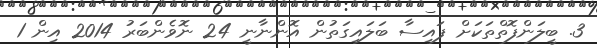
3. ބީލަންފޮތްތަކަށް ފައިސާ ބަލައިގަތުން އޮންނާނީ 24 ނޮވެންބަރު 2014 އިން 1